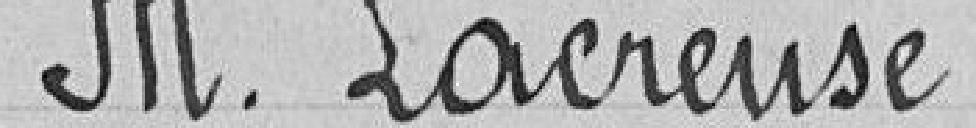
Monsieur Lacreuse